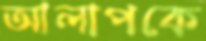
আলাপকে